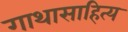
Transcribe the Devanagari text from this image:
गाथासाहित्य